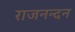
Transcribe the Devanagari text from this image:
राजनन्दन